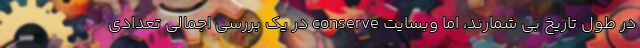
در طول تاریخ بی شمارند، اما وبسایت conserve در یک بررسی اجمالی تعدادی